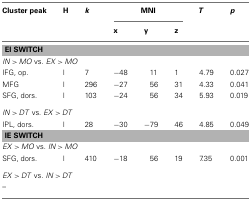
<table><thead><tr><td><b>Cluster peak</b></td><td><b>H</b></td><td><b><i>k</i></b></td><td colspan="3"><b>MNI</b></td><td><b><i>T</i></b></td><td><b><i>p</i></b></td></tr><tr><td>[EMPTY_CELL]</td><td>[EMPTY_CELL]</td><td>[EMPTY_CELL]</td><td><b>x</b></td><td><b>y</b></td><td><b>z</b></td><td>[EMPTY_CELL]</td></tr></thead><tbody><tr><td colspan="8"><b>EI SWITCH</b></td></tr><tr><td colspan="8"><i>IN</i> &gt; <i>MO</i> vs. <i>EX</i> &gt; <i>MO</i></td></tr><tr><td>IFG, op.</td><td>l</td><td>7</td><td>−48</td><td>11</td><td>1</td><td>4.79</td><td>0.027</td></tr><tr><td>MFG</td><td>l</td><td>296</td><td>−27</td><td>56</td><td>31</td><td>4.33</td><td>0.041</td></tr><tr><td>SFG, dors.</td><td>l</td><td>103</td><td>−24</td><td>56</td><td>34</td><td>5.93</td><td>0.019</td></tr><tr><td colspan="8"><i>IN</i> &gt; <i>DT</i> vs. <i>EX</i> &gt; <i>DT</i></td></tr><tr><td>IPL, dors.</td><td>l</td><td>28</td><td>−30</td><td>−79</td><td>46</td><td>4.85</td><td>0.049</td></tr><tr><td colspan="8"><b>IE SWITCH</b></td></tr><tr><td colspan="8"><i>EX</i> &gt; <i>MO</i> vs. <i>IN</i> &gt; <i>MO</i></td></tr><tr><td>SFG, dors.</td><td>l</td><td>410</td><td>−18</td><td>56</td><td>19</td><td>7.35</td><td>0.001</td></tr><tr><td colspan="8"><i>EX</i> &gt; <i>DT</i> vs. <i>IN</i> &gt; <i>DT</i></td></tr><tr><td colspan="8">–</td></tr></tbody></table>